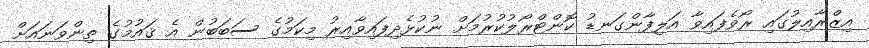
އިޒްރާއިލުގައި ރޯވެފައިވާ އަލިފާންގަނޑު ކޮންޓްރޯލުކުރުމަށް ނުކުޅެދިފައިވާއިރު މިކަމުގެ ސަބަބުން އެ ޤައުމުގެ ތިންވަނައަށް